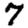
Digit: 7